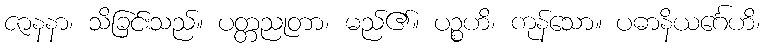
ဇာနနာ၊ သိခြင်းသည်။ ပတ္တညုတာ၊ မည်၏။ ပဉ္စဟိ၊ ကုန်သော။ ပဓာနိယင်္ဂေဟိ၊